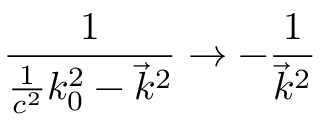
\frac 1 { \frac 1 { c ^ { 2 } } k _ { 0 } ^ { 2 } - { \vec { k } } ^ { 2 } } \rightarrow - \frac 1 { \vec { k } ^ { 2 } }